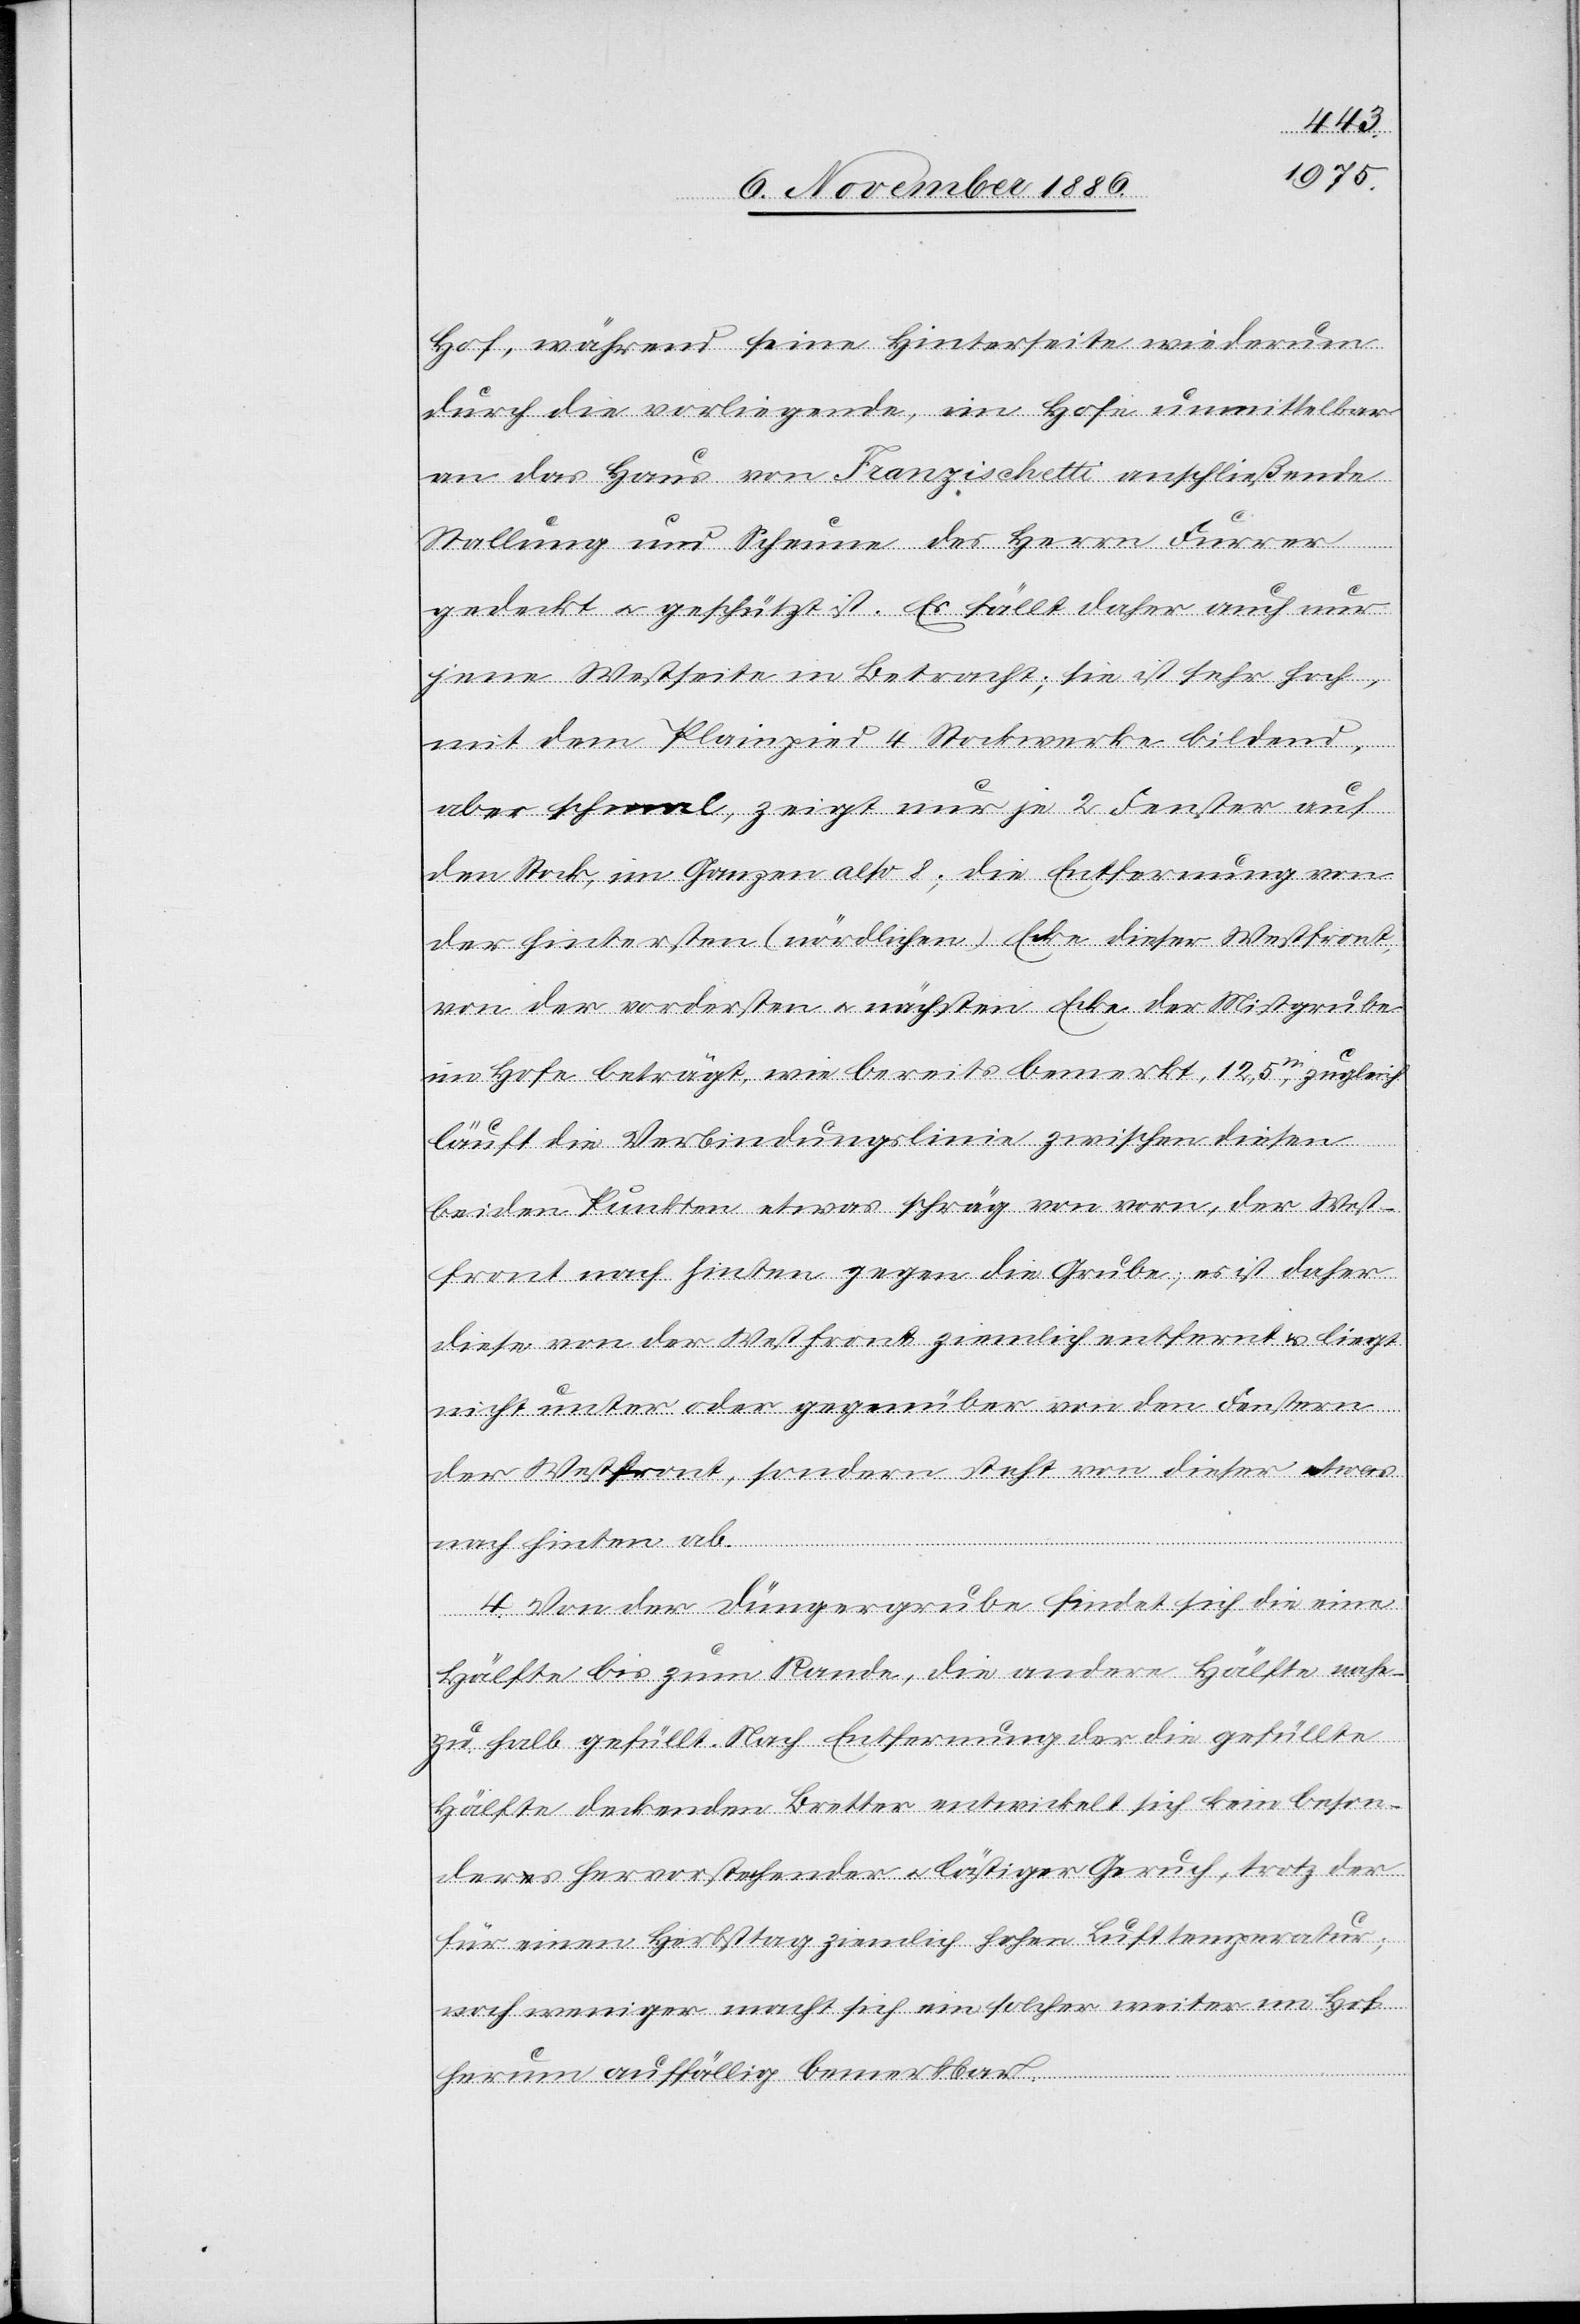
Hof, während seine Hinterseite wiederum
durch die vorliegende, im Hofe unmittelbar
an das Haus von Franzischetti anschließende
Stallung und Scheune des Herrn Furrer
gedeckt & geschützt ist. Es fällt daher auch nur
jene Westseite in Betracht; sie ist sehr hoch,
mit dem Plainpied 4 Stockwerke bildend,
aber schmal, zeigt nur je 2 Fenster auf
den Stock, im Ganzen also 8; die Entfernung von
der hintersten (nördlichen) Ecke dieser Westfront,
von der vordersten & nächsten Ecke der Mistgrube
im Hofe beträgt, wie bereits bemerkt, 12,5m, zugleich
läuft die Verbindungslinie zwischen diesen
beiden Punkten etwas schräg von vorn, der West¬
front nach hinten gegen die Grube; es ist daher
diese von der Westfront ziemlich entfernt & liegt
nicht unter oder gegenüber von den Fenstern
der Westfront, sondern steht von dieser etwas
nach hinten ab.
4. Von der Düngergrube findet sich die eine
Hälfte bis zum Rande, die andere Hälfte nahe¬
zu halb gefüllt. Nach Entfernung der die gefüllte
Hälfte deckenden Bretter entwickelt sich kein beson¬
ders hervorstehender & lästiger Geruch, trotz der
für einen Herbsttag ziemlich hohen Lufttemperatur;
noch weniger macht sich ein solcher weiter im Hof
herum auffällig bemerkbar.